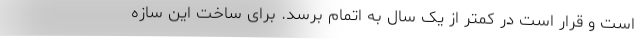
است و قرار است در کمتر از یک سال به اتمام برسد. برای ساخت این سازه